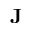
{ \bf J }